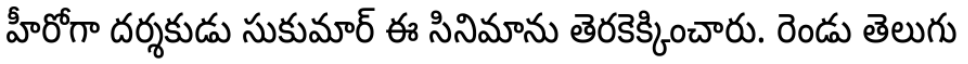
హీరోగా దర్శకుడు సుకుమార్ ఈ సినిమాను తెరకెక్కించారు. రెండు తెలుగు